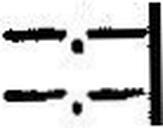
—.—